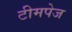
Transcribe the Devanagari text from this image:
टीमपेज